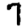
Digit: 7